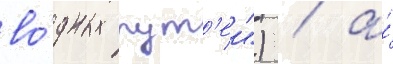
во́дных пут'еи") / а́